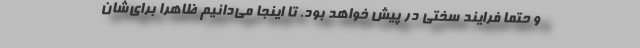
و حتما فرایند سختی در پیش خواهد بود. تا اینجا می‌دانیم ظاهرا برای‌شان